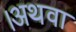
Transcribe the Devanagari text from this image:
।अथवा